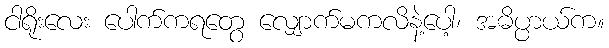
ငါရိုးလေး ပေါက်ကရတွေ လျှောက်မကလိနဲ့ပေါ့၊ အဓိပ္ပာယ်က။